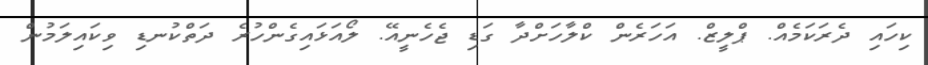
ކިހައި ދެރަކަމެއް. ޕްލީޒް. އަހަރެން ކްލާހަށްދާ ގަޑި ޖެހެނީއޭ. ލޯއަޅައިގެންހުރެ ދަތްކުނޑި ވިކައިލަމުން